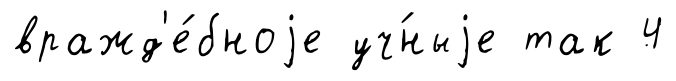
вражд'е́бноjе уч́ныjе так 4